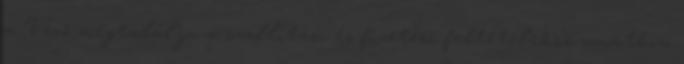
a Vevő megtalálja a szállítási és fizetési feltételekre vonatkozó